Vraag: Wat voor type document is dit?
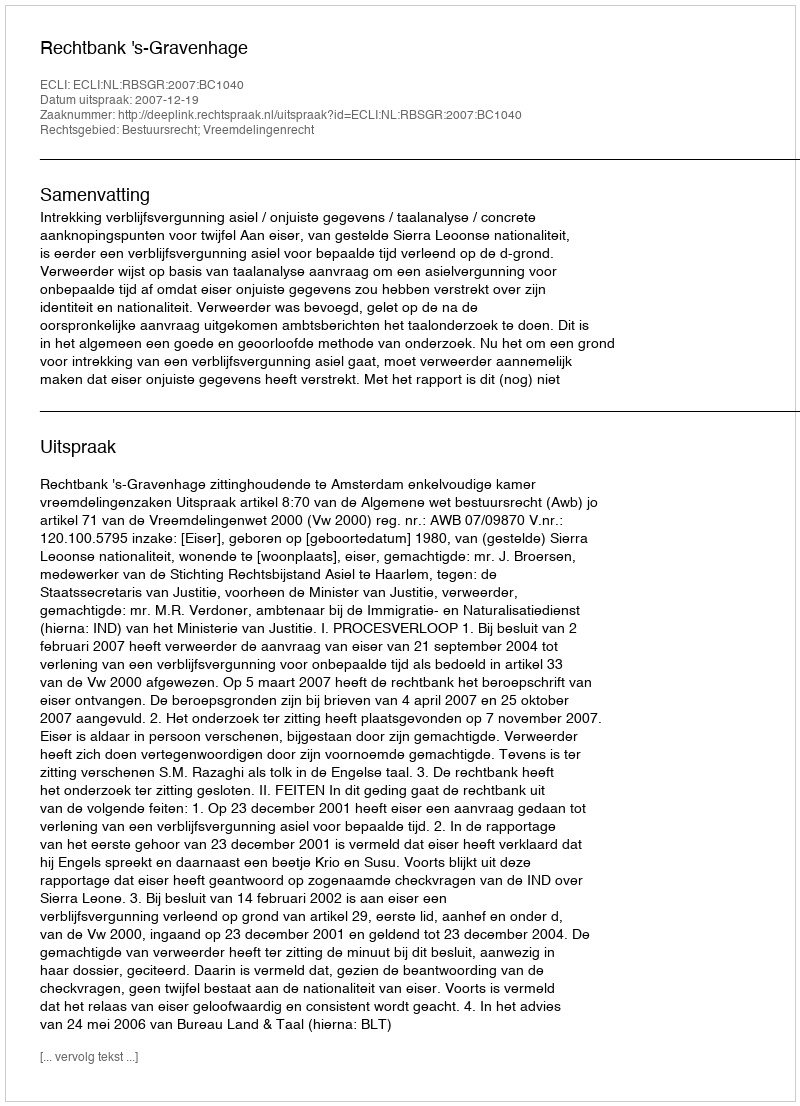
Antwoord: Uitspraak